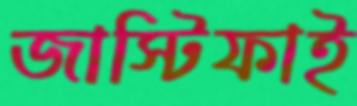
জাস্টিফাই